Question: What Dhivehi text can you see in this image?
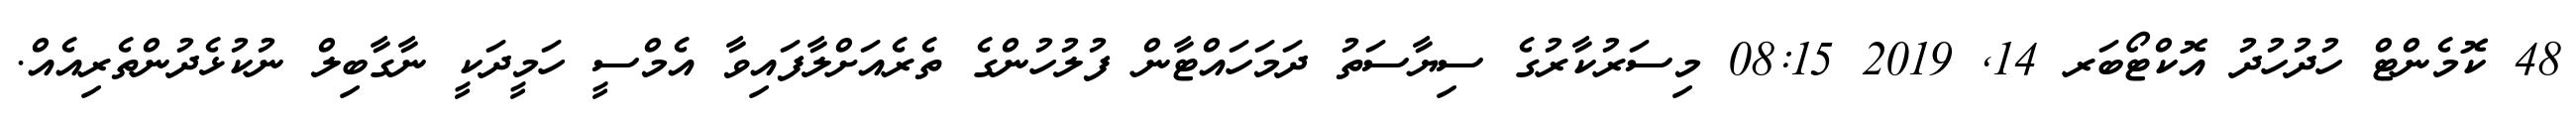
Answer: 48 ކޮމެންޓް ހުދުހުދު އޮކްޓޯބަރ 14, 2019 08:15 މިސަރުކާރުގެ ސިޔާސަތު ދަމަހައްޓާން ފުލުހުންގެ ތެރެއަށްލާފައިވާ އެމްސީ ހަމީދަކީ ނާގާބިލް ނުކުޅެދުންތެރިއެއް.